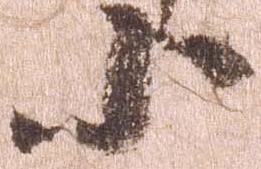
小